Leaving Certificate Examination, 1910
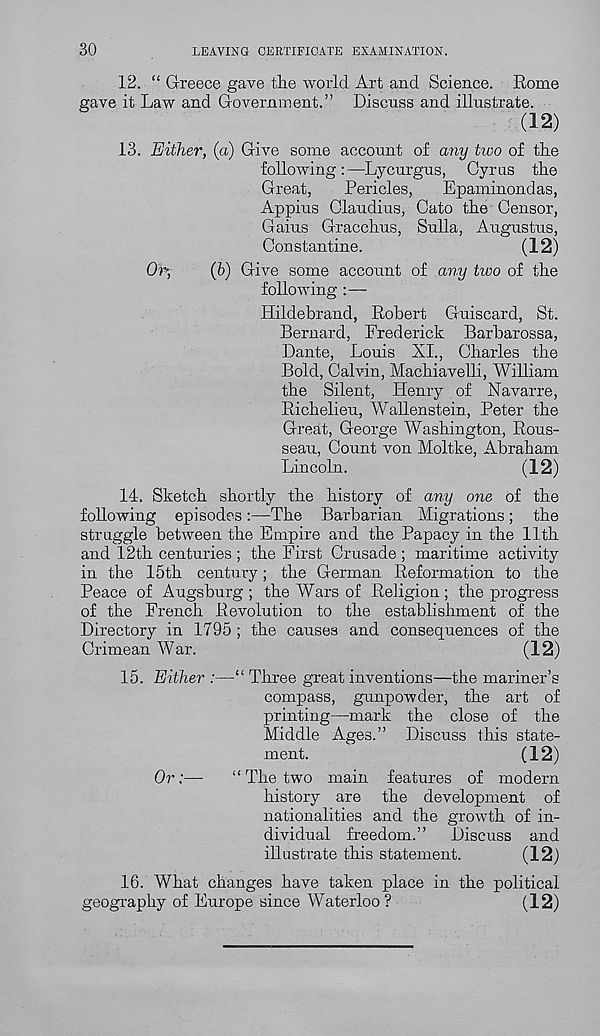
30
LEAVING CERTIFICATE EXAMINATION.
12. “ G-reece gave tlie world Art and Science. Rome
gave it Law and Government.” Discuss and illustrate.
(12)
13. Either, (a) Give some account of any two of tlie
following:—Lycurgus, Cyras tile
Great,
Pericles,
Epaminondas,
Appius Claudius, Cato the Censor,
Gains Gracchus, Sulla, Augustus,
Constantine.
(12)
C%
(6) Give some account of any two of the
following :—
Hildebrand, Robert Guiscard, St.
Bernard, Frederick Barbarossa,
Dante, Louis XL, Charles the
Bold, Calvin, Machiavelli, William
the Silent, Henry of Navarre,
Richelieu, Wallenstein, Peter the
Great, George Washington, Rous-
seau, Count von Moltke, Abraham
Lincoln.
(12)
14. Sketch shortly the history of any one of the
following episodes:—The Barbarian Migrations; the
struggle between the Empire and the Papacy in the 11th
and 12th centuries ; the First Crusade ; maritime activity
in the 15th century; the German Reformation to the
Peace of Augsburg ; the Wars of Religion ; the progress
of the French Revolution to the establishment of the
Directory in 1795 ; the causes and consequences of the
Crimean War.
(12)
15. Either :—“ Three great inventions—the mariner’s
compass, gunpowder, the art of
printing—mark the close of the
Middle Ages.” Discuss this state-
ment.
(12)
Or:—
“ The two main features of modern
history are the development of
nationalities and the growth of in-
dividual freedom.”
Discuss and
illustrate this statement.
(12)
16. What changes have taken place in the political
geography of Europe since Waterloo ?
(12)